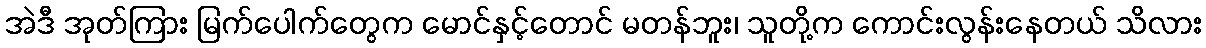
အဲဒီ အုတ်ကြား မြက်ပေါက်တွေက မောင်နှင့်တောင် မတန်ဘူး၊ သူတို့က ကောင်းလွန်းနေတယ် သိလား